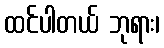
ထင်ပါတယ် ဘုရား၊